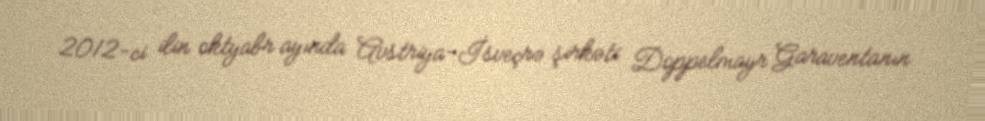
2012-ci ilin oktyabr ayında Avstriya-İsveçrə şirkəti Doppelmayr Garaventanın